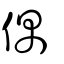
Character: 偶